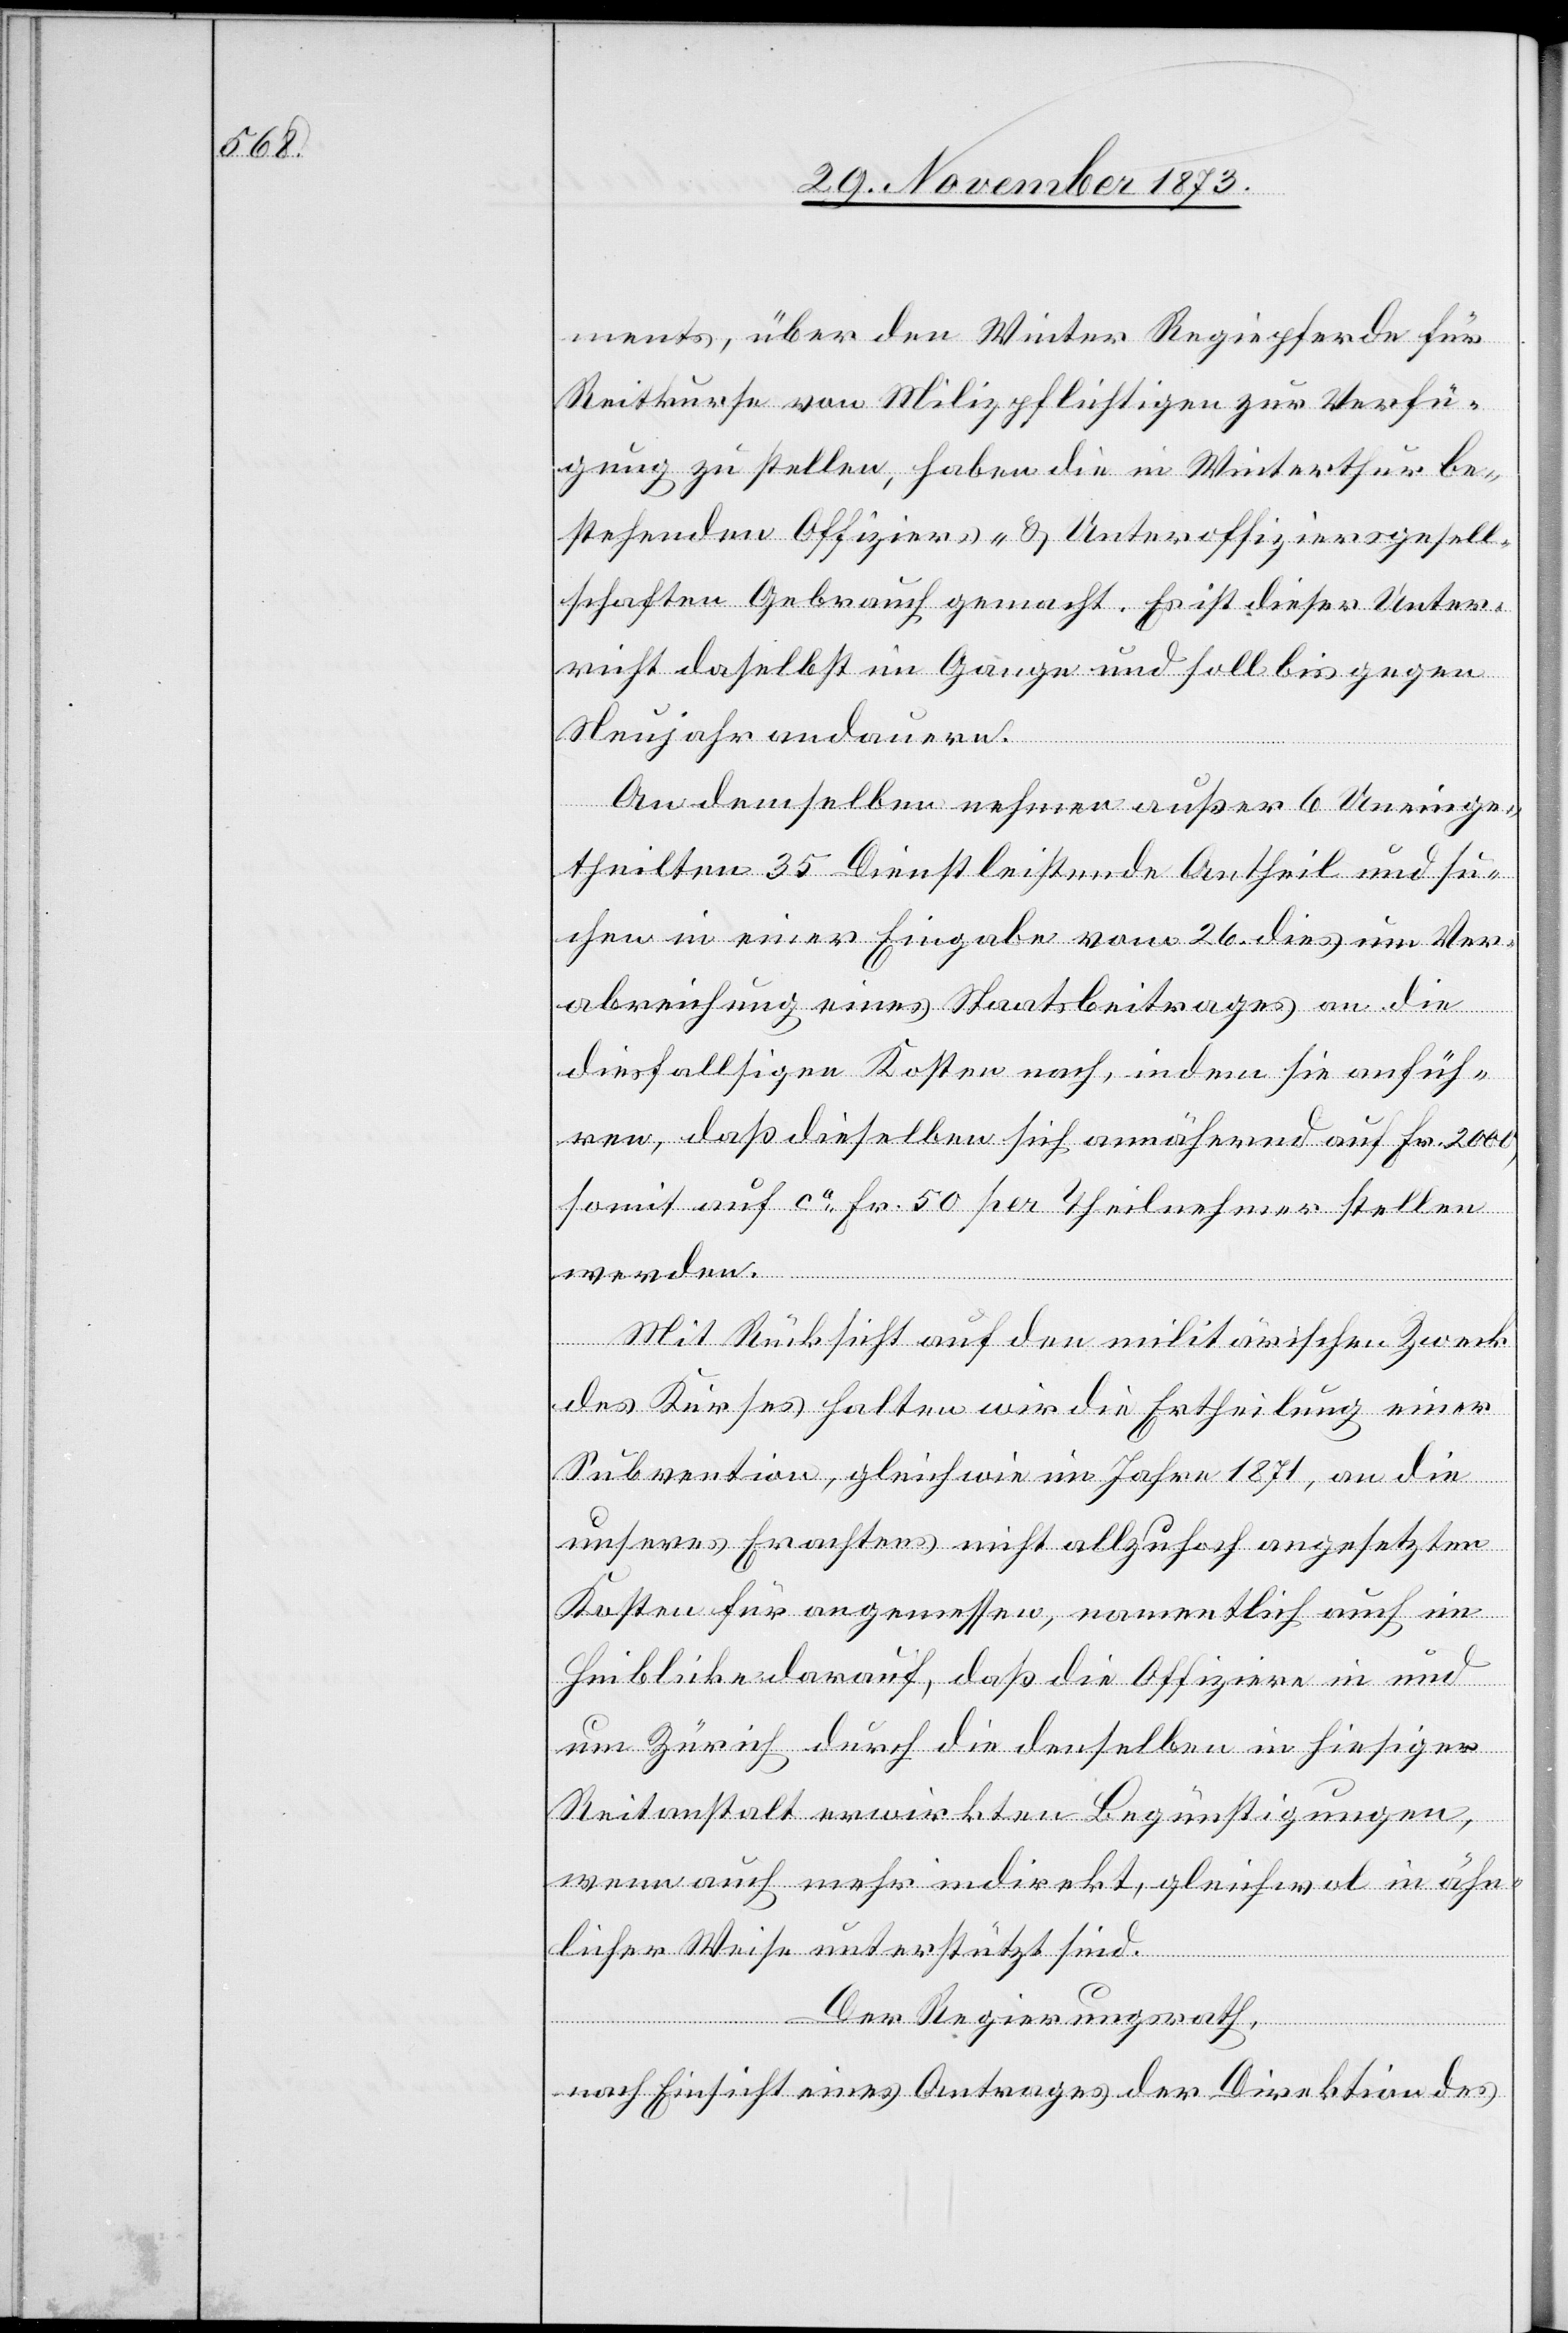
ments, über den Winter Regiepferde für
Reitkurse von Milizpflichtigen zur Verfü¬
gung zu stellen, haben die in Winterthur be¬
stehenden Offiziers- & Unteroffiziersgesell¬
schaften Gebrauch gemacht. Es ist dieser Unter¬
richt daselbst im Gange und soll bis gegen
Neujahr andauern.
An demselben nehmen außer 6 Uneinge¬
theilten 35 Dienstleistende Antheil und su¬
chen in einer Eingabe vom 26. dies um Ver¬
abreichung eines Staatsbeitrages an die
diesfallsigen Kosten nach, indem sie anfüh¬
ren, daß dieselben sich annähernd auf Fr. 2 000,
somit auf ca Fr. 50 per Theilnehmer stellen
werden.
Mit Rücksicht auf den militärischen Zweck
des Kurses halten wir die Ertheilung einer
Subvention, gleich wie im Jahre 1871, an die
unseres Erachtens nicht allzuhoch angesetzten
Kosten für angemessen, namentlich auch im
Hinblicke darauf, daß die Offiziere in und
um Zürich durch die denselben in hiesiger
Reitanstalt erwirkten Begünstigungen,
wenn auch mehr indirekt, gleichwol in ähn¬
licher Weise unterstützt sind.
Der Regierungsrath,
nach Einsicht eines Antrages der Direktion des